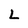
Character: L